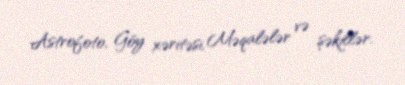
Astrofoto, Göy xəritəsi, Məqalələr və şəkillər.